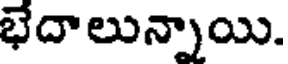
భేదాలున్నాయి.